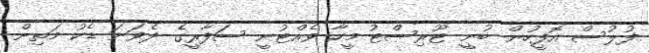
ފުލުސް އޮފީހުން ބުނީ ޓޫރިސްޓު މީހާ ވެއްޓުނީ ސަފާރީގެ ދެވަނަ ޑެކު މަތިން